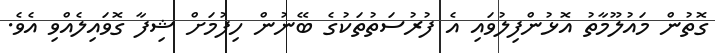
ގޮތުން މައުލޫމާތު އޮޅުންފިލުވައި އެ ފުރުސަތުތަކުގެ ބޭނުން ހިފުމަށް ޝިފާ ގޮވައިލެއްވި އެވެ.